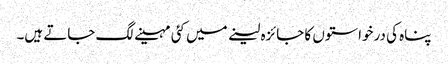
پناہ کی درخواستوں کا جائزہ لینے میں کئی مہینے لگ جاتے ہیں۔